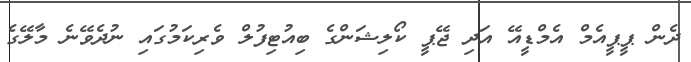
ދެން ޕީޕީއެމް އެމްޑީއޭ އަދި ޖޭޕީ ކޯލިޝަންގެ ބިއުޓިފުލް ވެރިކަމުގައި ނުދެވޭނެ މާލޭގެ